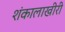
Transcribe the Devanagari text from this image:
शंकालाखीरी